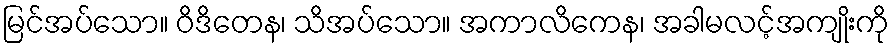
မြင်အပ်သော။ ဝိဒိတေန၊ သိအပ်သော။ အကာလိကေန၊ အခါမလင့်အကျိုးကို